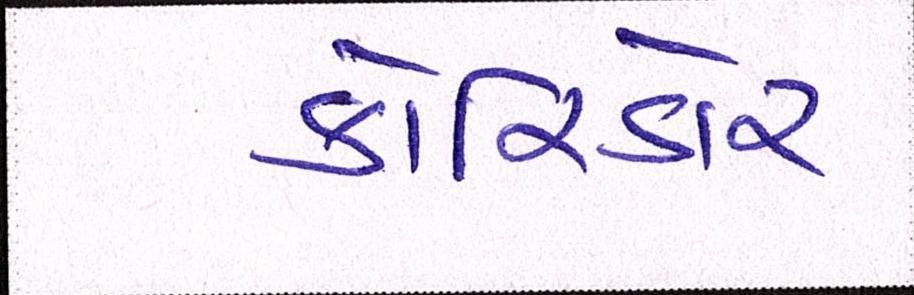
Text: કોરિડોર